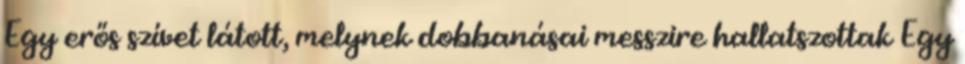
Egy erős szívet látott, melynek dobbanásai messzire hallatszottak Egy